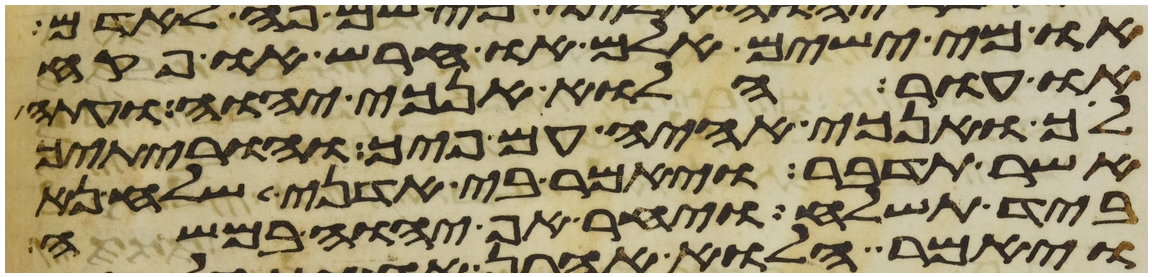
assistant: או מי ישים אלם או חרש או פקח
או עור הלוא אנכי יהוה ועתה
לך ואנכי אהיה עם פיך והוריתיך
אשר תדבר ויאמר בי אדני שלח נא
ביד תשלח ויחר אף יהוה במשה